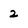
Character: 2